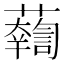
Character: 𧃓